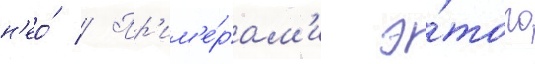
н'ео́ // Пр'им'е́рам'и э́того